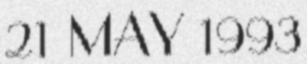
21 MAY 1993